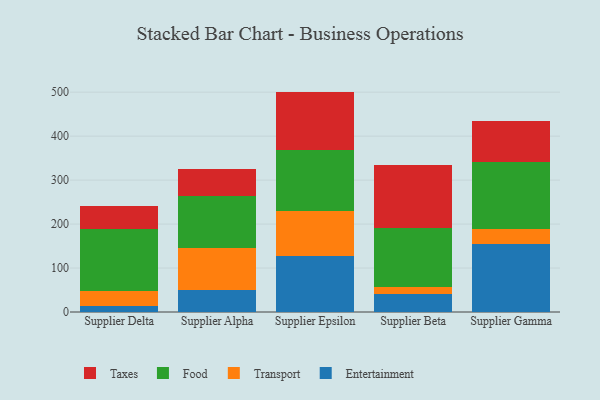
{"axis": {"x": "Supplier", "y": "Net Income (USD K)"}, "legend": ["Entertainment", "Food", "Taxes", "Transport"], "data": [{"x": "Supplier Delta", "y": 14.1, "type": "Entertainment"}, {"x": "Supplier Delta", "y": 34.1, "type": "Transport"}, {"x": "Supplier Delta", "y": 141.4, "type": "Food"}, {"x": "Supplier Delta", "y": 51.5, "type": "Taxes"}, {"x": "Supplier Alpha", "y": 49.6, "type": "Entertainment"}, {"x": "Supplier Alpha", "y": 96.8, "type": "Transport"}, {"x": "Supplier Alpha", "y": 117.6, "type": "Food"}, {"x": "Supplier Alpha", "y": 62.0, "type": "Taxes"}, {"x": "Supplier Epsilon", "y": 127.8, "type": "Entertainment"}, {"x": "Supplier Epsilon", "y": 102.9, "type": "Transport"}, {"x": "Supplier Epsilon", "y": 138.3, "type": "Food"}, {"x": "Supplier Epsilon", "y": 132.3, "type": "Taxes"}, {"x": "Supplier Beta", "y": 41.8, "type": "Entertainment"}, {"x": "Supplier Beta", "y": 14.5, "type": "Transport"}, {"x": "Supplier Beta", "y": 133.7, "type": "Food"}, {"x": "Supplier Beta", "y": 144.6, "type": "Taxes"}, {"x": "Supplier Gamma", "y": 155.4, "type": "Entertainment"}, {"x": "Supplier Gamma", "y": 33.0, "type": "Transport"}, {"x": "Supplier Gamma", "y": 153.4, "type": "Food"}, {"x": "Supplier Gamma", "y": 92.5, "type": "Taxes"}]}